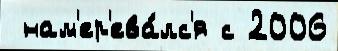
 нам'ер'ева́лс'я с 2006